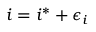
i = i ^ { * } + \epsilon _ { i }